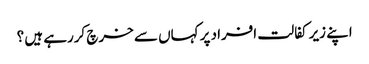
اپنے زیر کفالت افراد پر کہاں سے خرچ کررہے ہیں ؟